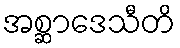
အစ္ဆာဒေသီတိ